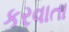
કરવાતા